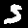
Digit: 5